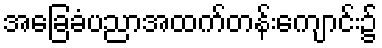
အခြေခံပညာအထက်တန်းကျောင်း၌